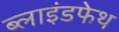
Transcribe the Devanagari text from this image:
ब्लाइंडफेथ